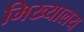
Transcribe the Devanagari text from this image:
मिख्यालय